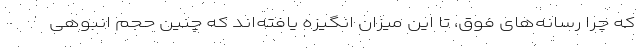
که چرا رسانه‌های فوق، تا این میزان انگیزه یافته‌اند که چنین حجم انبوهی